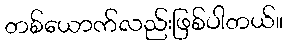
တစ်ယောက်လည်းဖြစ်ပါတယ်။